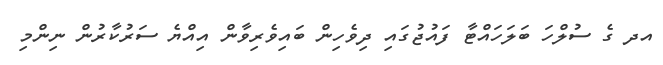
އދ ގެ ސުލްހަ ބަލަހައްޓާ ފައުޖުގައި ދިވެހިން ބައިވެރިވާން އިއްޔެ ސަރުކާރުން ނިންމި